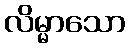
လိမ္မာသော